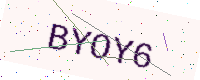
Text: BYOY6